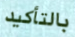
بالتأكيد